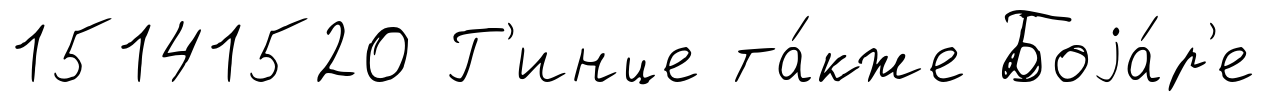
15141520 Г'инце та́кже Боjа́р'е